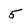
Character: 5